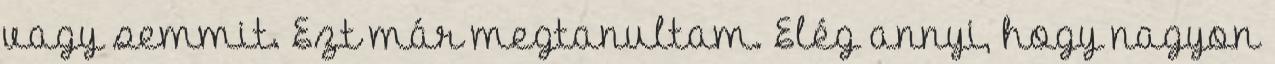
vagy semmit. Ezt már megtanultam. Elég annyi, hogy nagyon